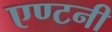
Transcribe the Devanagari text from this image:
एण्टनी